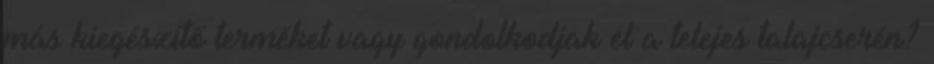
más kiegészítő terméket vagy gondolkodjak el a telejes talajcserén?